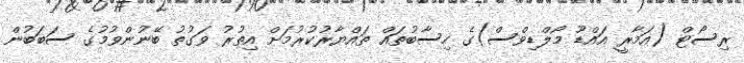
ރިސޯޓް (އަމާރީ އައްޑޫ މޯލްޑިވްސް)ގެ ހިސާބުތައް ތައްޔާރުކުރުމަށް އިތުރު ވަގުތު ބޭނުންވުމުގެ ސަބަބުން